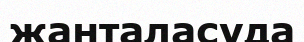
жанталасуда